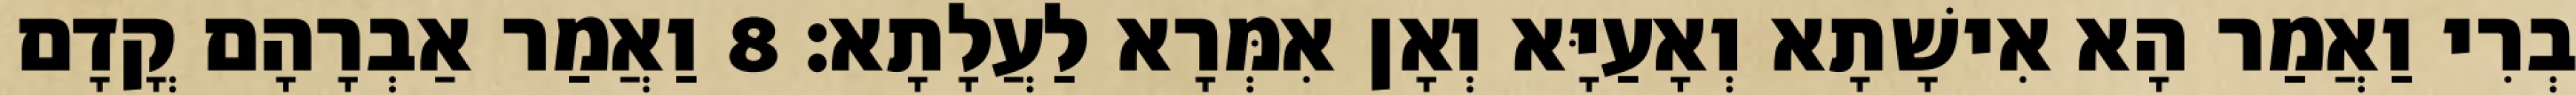
בְרִי וַאֲמַר הָא אִישָׁתָא וְאָעַיָּא וְאָן אִמְּרָא לַעֲלָתָא׃ 8 וַאֲמַר אַבְרָהָם קֳדָם